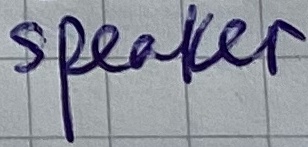
Text: speaker